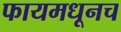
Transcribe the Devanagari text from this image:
फायमधूनच